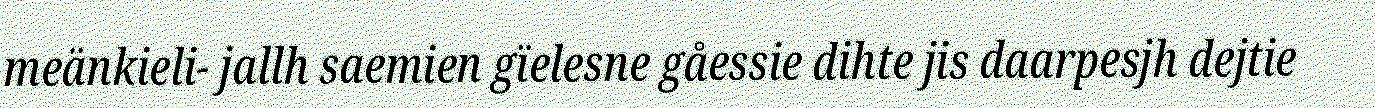
meänkieli- jallh saemien gïelesne gåessie dihte jis daarpesjh dejtie